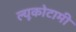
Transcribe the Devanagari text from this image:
ल्यूकोटामी